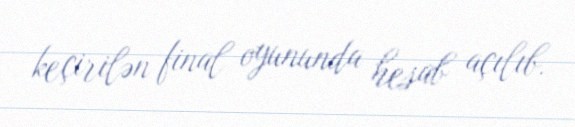
keçirilən final oyununda hesab açılıb.